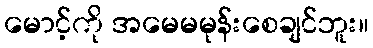
မောင့်ကို အမေမမုန်းစေချင်ဘူး။